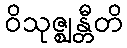
ဝိသုဇ္ဈန္တီတိ